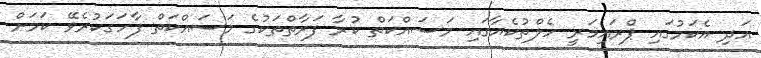
އަދި އެކަމުގައި ޕްރައިމަރީ ހެލްތުކެއާގައި މަސައްކަތް ކުރާ ފަރާތްތަކުގެ މަސައްކަތް ފާހަގަކުރެވޭ ކަމަށް